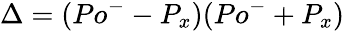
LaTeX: \Delta=(Po^{-}-P_{x})(Po^{-}+P_{x})